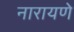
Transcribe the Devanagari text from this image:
नारायणे